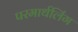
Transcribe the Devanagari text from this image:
परमार्थलिंग